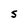
Character: S